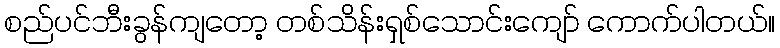
စည်ပင်ဘီးခွန်ကျတော့ တစ်သိန်းရှစ်သောင်းကျော် ကောက်ပါတယ်။